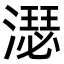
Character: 濏